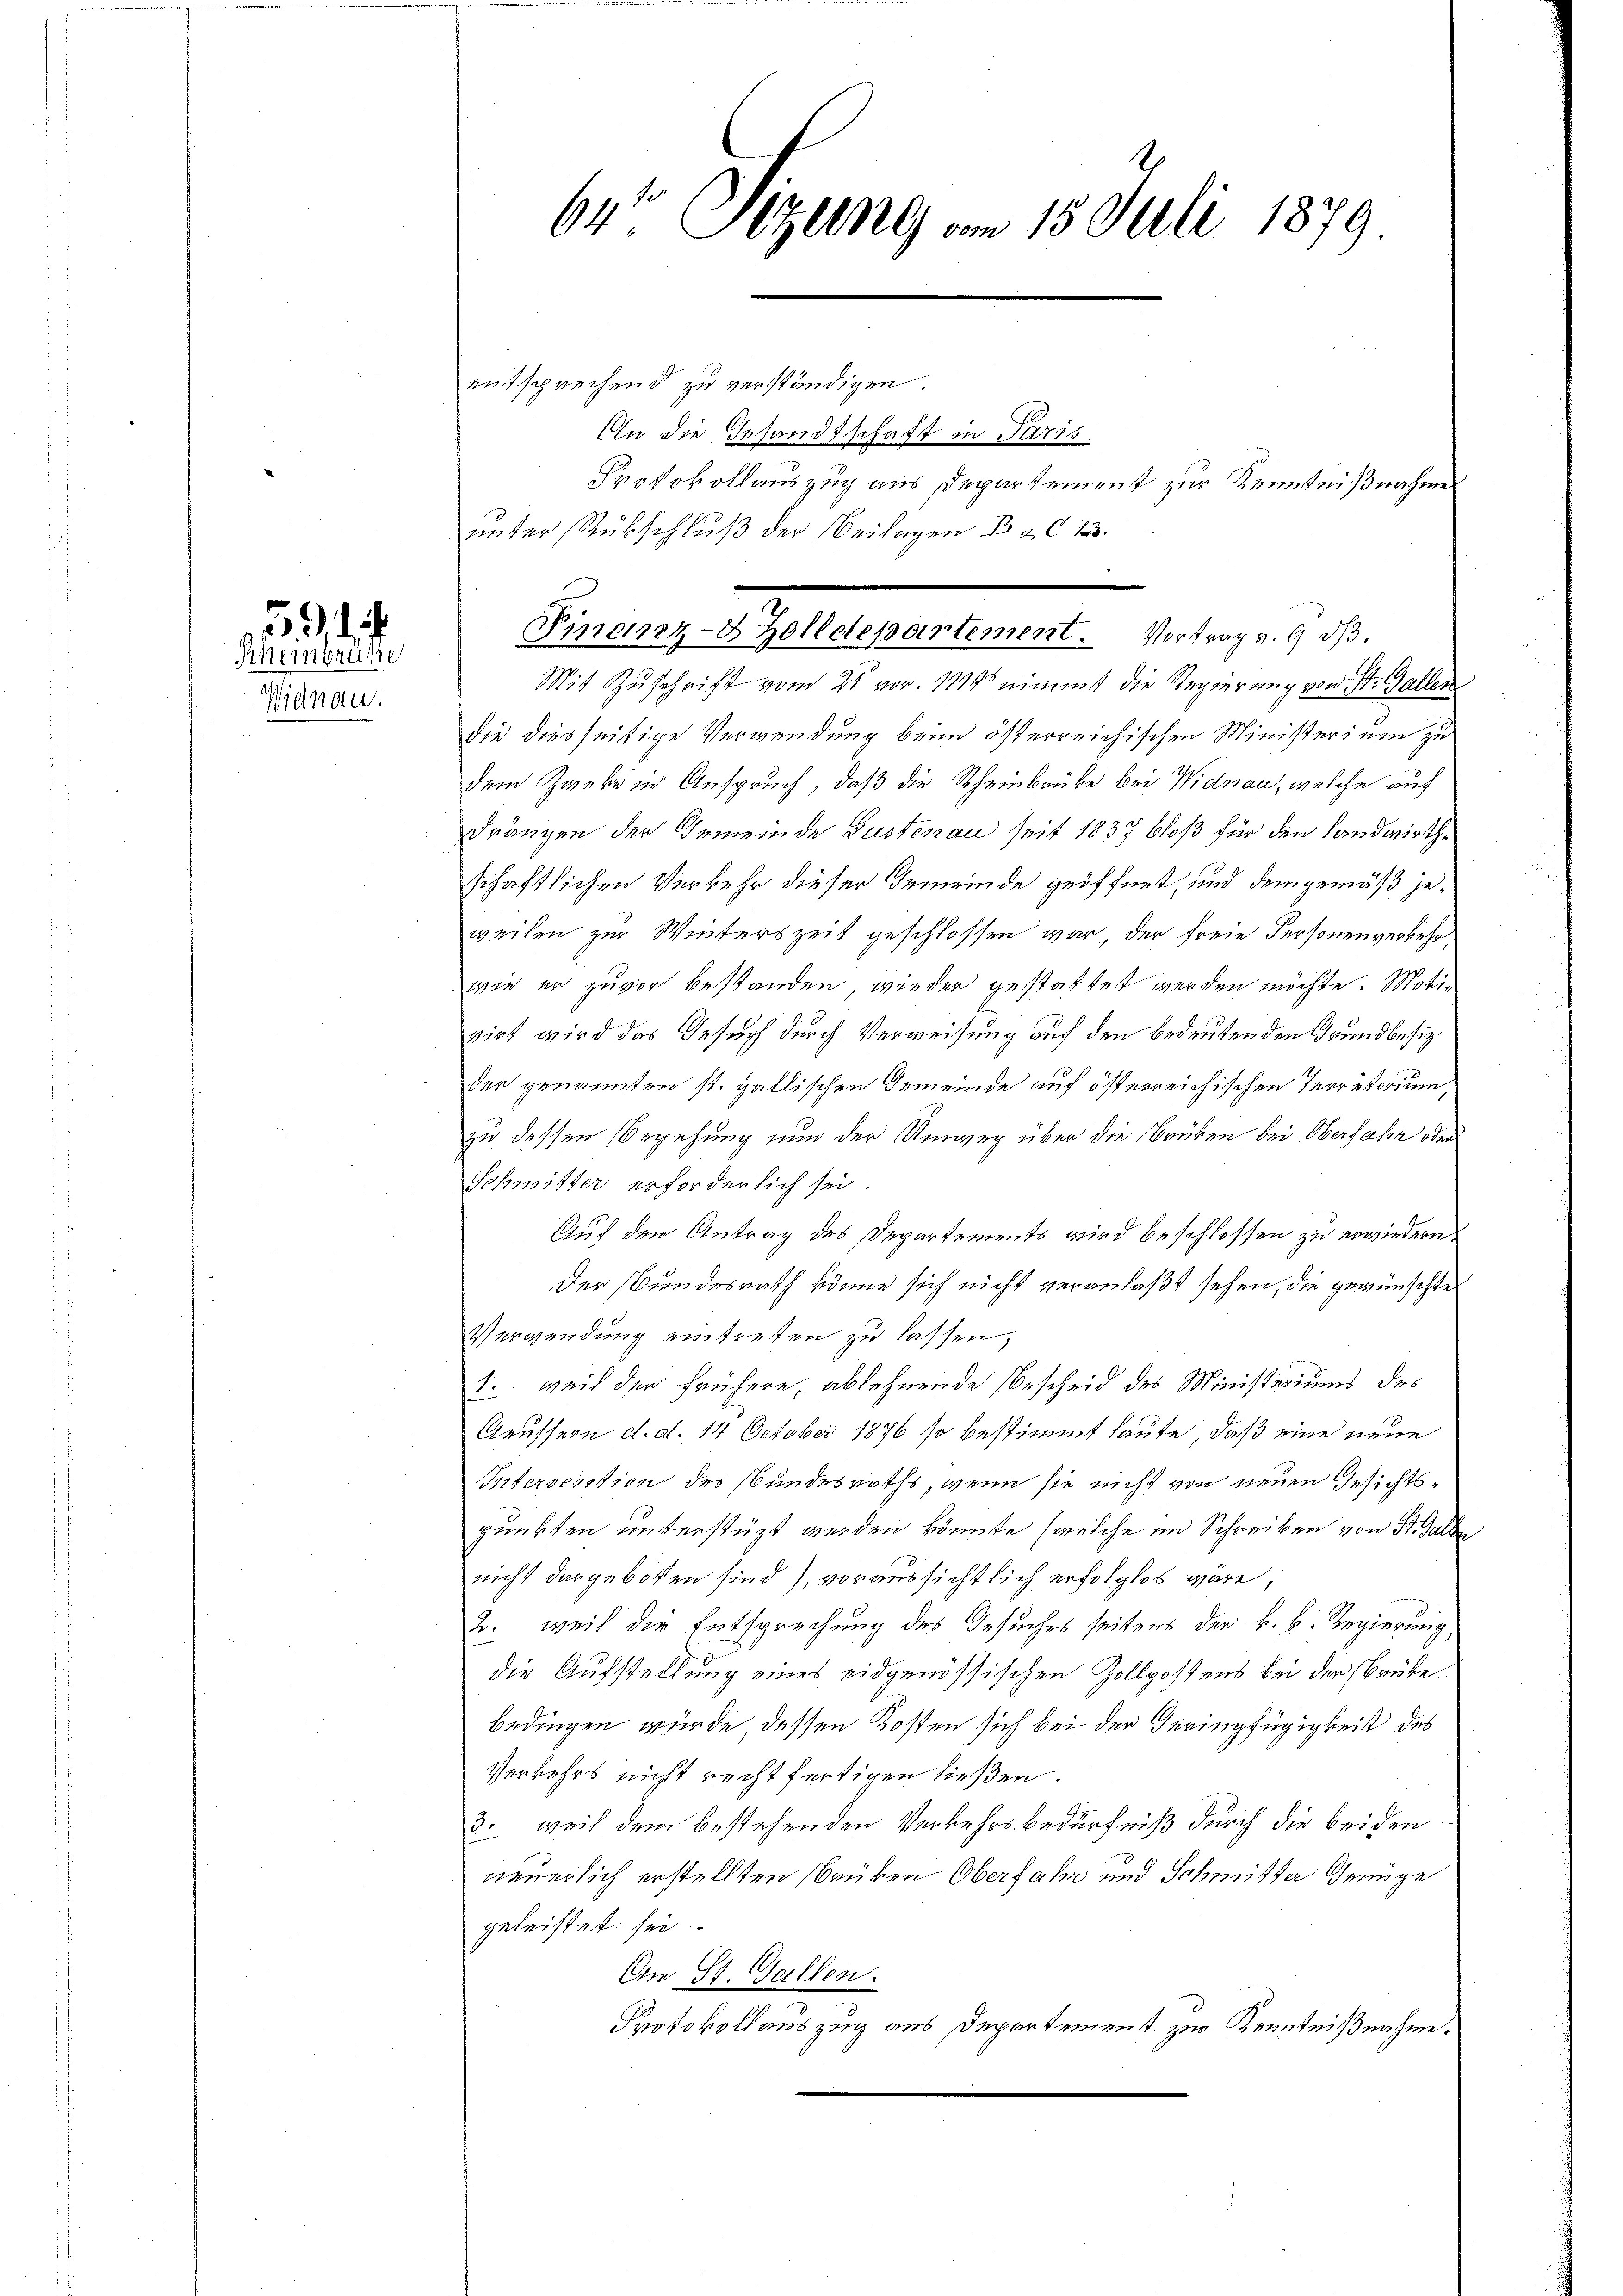
, d.

Rheinbrucke
Widnau.

64 Setzung vom 15. Juli 1879
entsprechend zu verständigen.
An die Gesandtschaft in Paris.
Protokollauszug aus Departement zur Kenntnißnahme
unter Rückschluß der Beilagen Bd. 1.

Mit Zŭschrift vom 21. vor. 114 nimmt die Regierŭng von St. Gallen
die diesseitige Verwendung beim österreichischen Ministerium zu
dem Zweke in Anspruch, daß die Scheinbrüke bei Widnau, welche auf
drängen der Gemeinde Gustenau seit 1837 bloß für den Landwirthe
schaftlichen Verkehr dieser Gemeinde geöffnet, und demgemäß jeweilen zur Winterszeit geschlossen war der freie Personenverkehr,
wie er zuvor bestanden wieder gestattet werden möchte. Motivirt wird das Gesuch durch Verweisung auf den bedeutenden Grundbesizder genannten st. gallischen Gemeinde auf österreichischen Territorium,
zu dessen Begehung nun der Umweg über die Brüken bei Oberfahr oder
Schmitter erforderlich sei.
Auf den Antrag des Departements wird beschlossen zu erwiedern
Der Bundesrath könne sich nicht veranlaßt sehen, die gewünschte
Verwendung eintreten zu lassen,
1. weil der frühere, ablehnende Bescheid des Ministeriums des
Aeussern d. d. 14 October 1876 so bestimmt laute, daß eine neue
Intersention des Bundesraths, wenn sie nicht von neuen Gesichtspunkten unterstüzt werden könnte (welche im Schreiben von St. Galle
nicht dargeboten sind), voraussichtlich erfolglos wäre,
2. weil der Entsprechung des Gesuches seitens der k. k. Regierung
die Aufstellung eines eidgenössischen Zollpostens bei der Brüke
bedingen würde dessen Kosten sich bei der Geringfügigkeit des
Verkehrs nicht rechtfertigen ließen.
3. weil dem bestehenden Verkehrsbedürfniß durch die beiden
neuerlich erstellten Brüken Oberfahr und Schmitter Genüge
geleistet sei.
An St. Gallen.
Protokollauszug aus Departement zur Kenntnißnahme.

e
Finanz- & Zolldepartement. Vortrag v. 9. dβ.